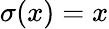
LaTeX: \sigma(x)=x